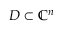
D \subset \mathbb { C } ^ { n }